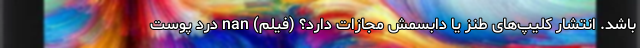
باشد. انتشار کلیپ‌های طنز یا دابسمش مجازات دارد؟ (فیلم) nan درد پوست